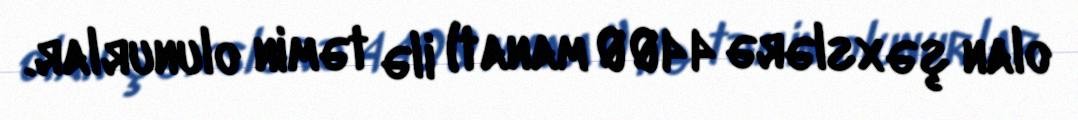
olan şəxslərə 4400 manat) ilə təmin olunurlar.